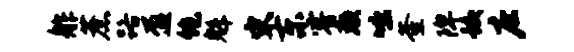
舴蔗路盈饱魁宋东睿颜咄釜陴蛟庄